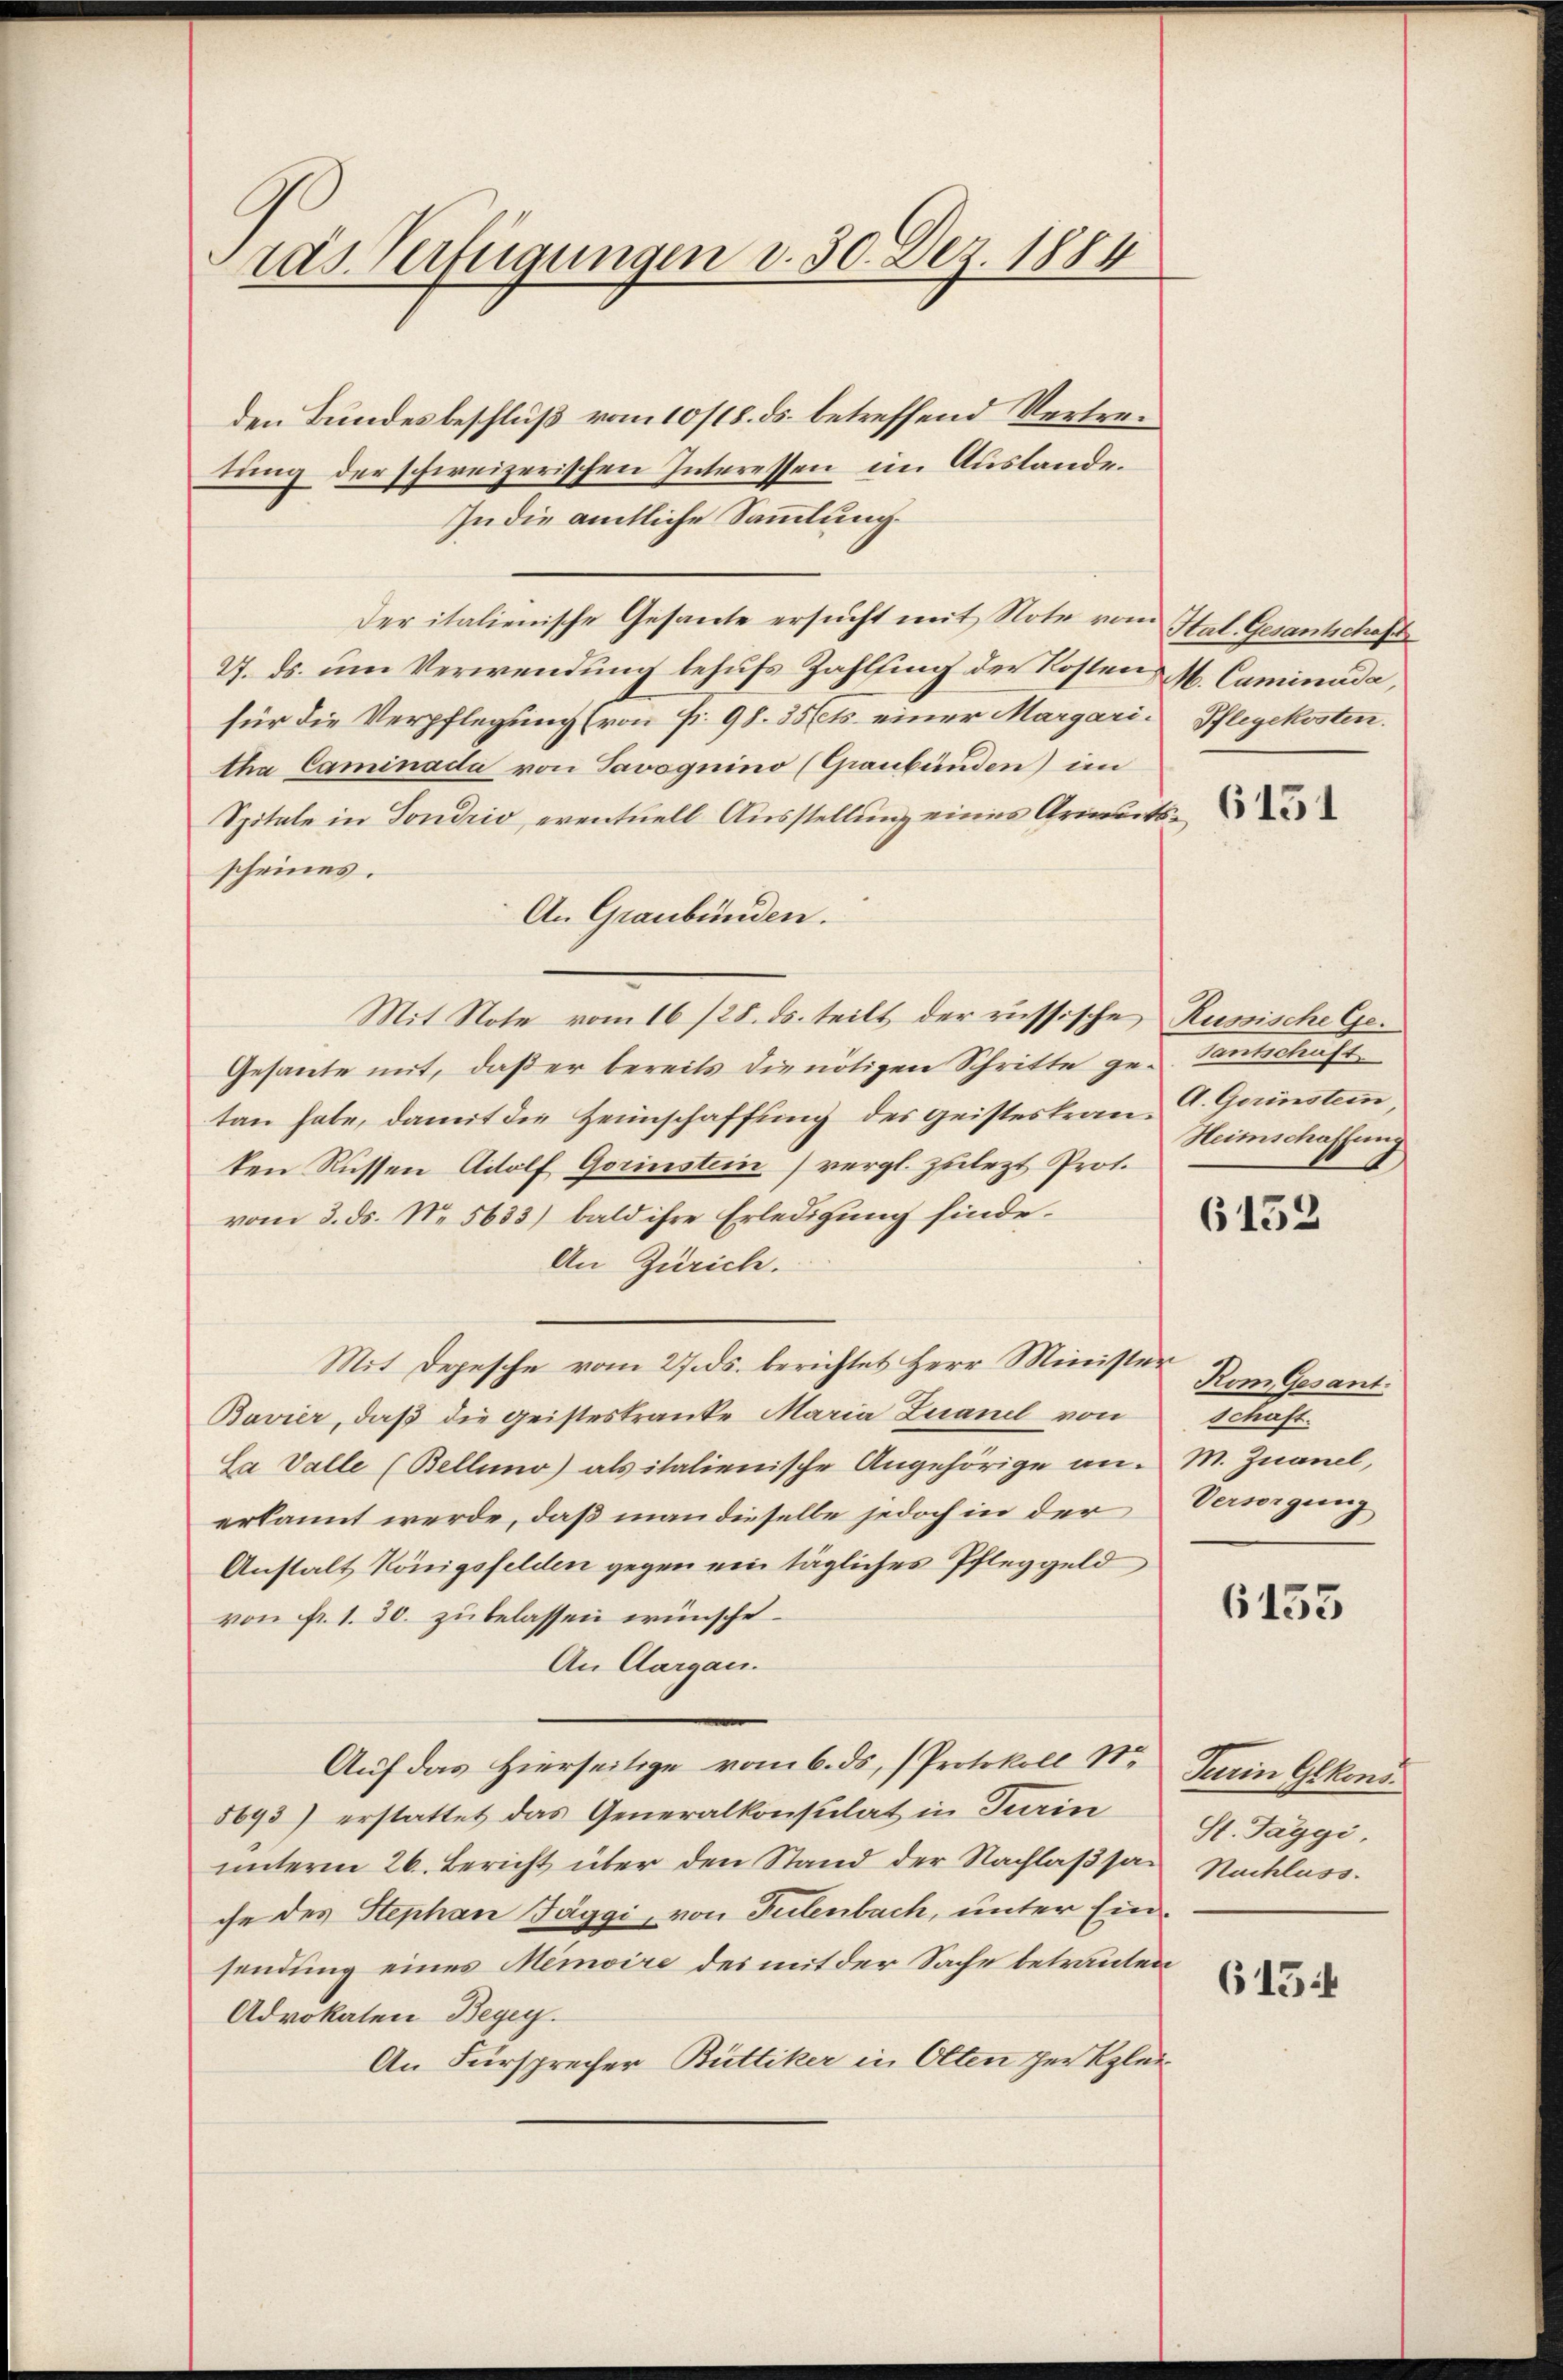
Ge
ras Verfügungen d. 30. Dez. 1884

den Bundesbeschluß vom 10/18. ds. betreffend Vertretung der schweizerischen Interessen im Auslande.
In die amtliche Sammlung.
Der italienische Gesante ersucht mit Note vom Ital. Gesantschaft
27. ds. um Verwendung behufs Zahlfing der Kosten M. Caminada,
für die Verpflegung (von Fr. 98. 35 (Cts. einer Margari-Pflegekosten.
tha Caminada von Savoguino (Graubünden) im
Spitale in Sondrio, eventuell Ausstellung einer Armentsscheines.
An Graubünden.
Mit Note vom 16/25. ds. teilt der russische Russische Ge¬
Gesante mit, daß er bereits die nötigen Schritte ge- Santschaft
tan habe, damit die Heimschaffung des geisteskran, G. Gerinstein
ten Rüssen Adolf Gorinstein) vergl. zulezt Prof.
vom 3. ds. No. 5633) bald ihre Erledigung finde.
An Zürich.
Mit Depesche vom 27. ds. berichtet Herr Minister
Bavier, daß die geisteskranke Maria Zuanel von
Sa Valle (Bellino) als italienische Angehörige an. M. Zuanel,
erkannt werde, daß man dieselbe jedoch in der Versorgung
Anstalt Königsfelden gegen ein tägliches Pfleggeld
von Fr. 1. 30. zu belassen wünsche
An Aargau.
Auf das Hierseitige vom 6. ds, (Protokoll Str
5693) erstattet das Generalkonsulat in Turin
unterm 26. Bericht über den Stand der Nachlaßsache des Stephan Jäggi, von Tulenbach, unter Einsendung eines Memoire des mit der Sache betrauten,
Advokaten Begeg
An Fürsprecher Büttiker in Olten per Klei¬

6151

Heimschaffung

6152

Kom Gesant.
Schach

6135

Turin Gekons
St. Taggi
Nachluss.

615.